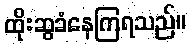
ထိုးဆွခံနေကြရသည်။